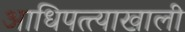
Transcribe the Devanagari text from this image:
आधिपत्त्याखाली